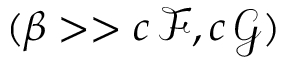
( \beta > > c \, \mathcal { F } , c \, \mathcal { G } )